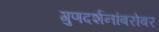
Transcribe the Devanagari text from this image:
गुणदर्शनांबरोबर